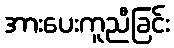
အားပေးကူညီခြင်း